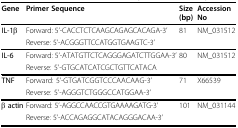
<table><thead><tr><td><b>Gene</b></td><td><b>Primer Sequence</b></td><td><b>Size (bp)</b></td><td><b>Accession No</b></td></tr></thead><tbody><tr><td><b>IL-1β</b></td><td>Forward: 5&#x27;-CACCTCTCAAGCAGAGCACAGA-3&#x27;</td><td>81</td><td>NM_031512</td></tr><tr><td></td><td>Reverse: 5&#x27;-ACGGGTTCCATGGTGAAGTC-3&#x27;</td><td></td><td></td></tr><tr><td><b>IL-6</b></td><td>Forward: 5&#x27;-ATATGTTCTCAGGGAGATCTTGGAA-3&#x27;</td><td>80</td><td>NM_031512</td></tr><tr><td></td><td>Reverse: 5&#x27;-GTGCATCATCGCTGTTCATACA</td><td></td><td></td></tr><tr><td><b>TNF</b></td><td>Forward: 5&#x27;-GTGATCGGTCCCAACAAG-3&#x27;</td><td>71</td><td>X66539</td></tr><tr><td></td><td>Reverse: 5&#x27;-AGGGTCTGGGCCATGGAA-3&#x27;</td><td></td><td></td></tr><tr><td><b>β actin</b></td><td>Forward: 5&#x27;-AGGCCAACCGTGAAAAGATG-3&#x27;</td><td>101</td><td>NM_031144</td></tr><tr><td></td><td>Reverse: 5&#x27;-ACCAGAGGCATACAGGGACAA-3&#x27;</td><td></td><td></td></tr></tbody></table>